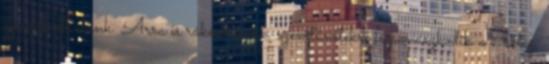
gyanakodhatunk. Arra is rákérdezünk, szemtünetekre is panaszkodik-e a beteg,